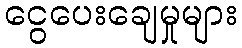
ငွေပေးချေမှုများ